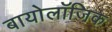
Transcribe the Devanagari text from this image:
बायोलॉजिक